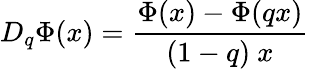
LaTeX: D_{q}\Phi(x)=\frac{\Phi(x)-\Phi(qx)}{(1-q)\ x}